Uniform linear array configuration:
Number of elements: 24
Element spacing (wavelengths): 0.75
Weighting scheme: blackman
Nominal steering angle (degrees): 45
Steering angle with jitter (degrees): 44.23
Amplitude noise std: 0.05
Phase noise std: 0.05

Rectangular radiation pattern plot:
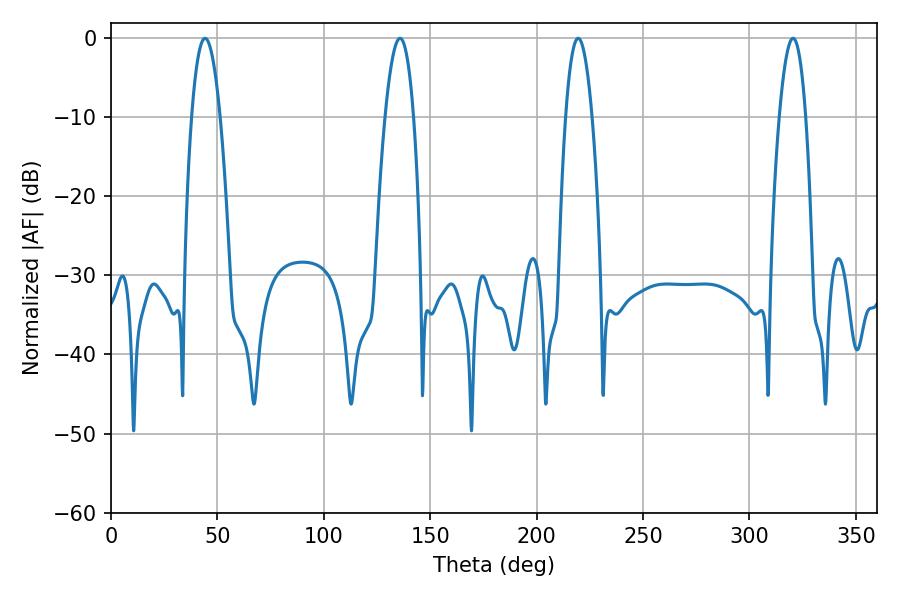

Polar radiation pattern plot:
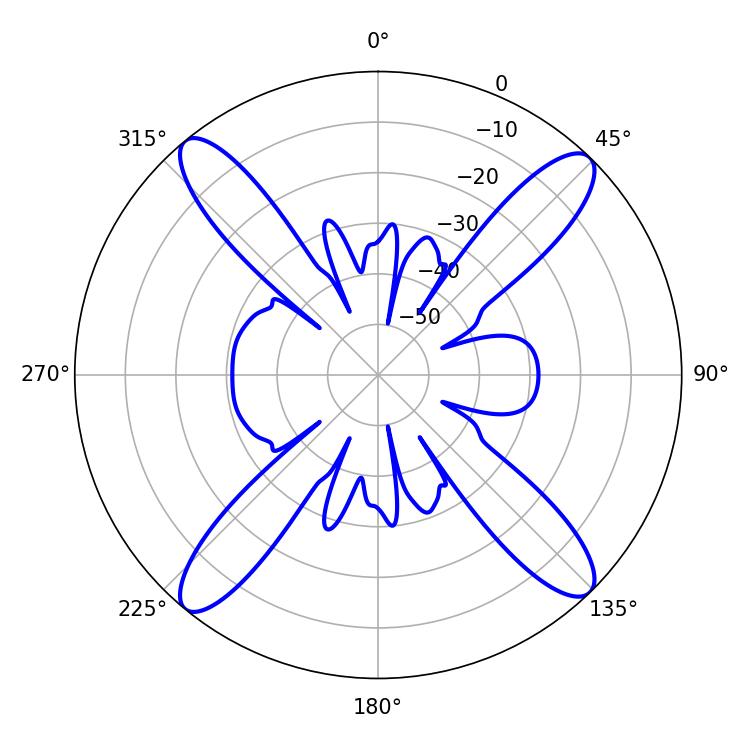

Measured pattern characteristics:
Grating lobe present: TRUE
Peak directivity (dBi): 18.284
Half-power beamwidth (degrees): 7.38
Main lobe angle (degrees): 44.28